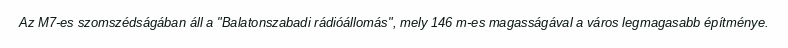
Az M7-es szomszédságában áll a "Balatonszabadi rádióállomás", mely 146 m-es magasságával a város legmagasabb építménye.